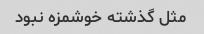
مثل گذشته خوشمزه نبود